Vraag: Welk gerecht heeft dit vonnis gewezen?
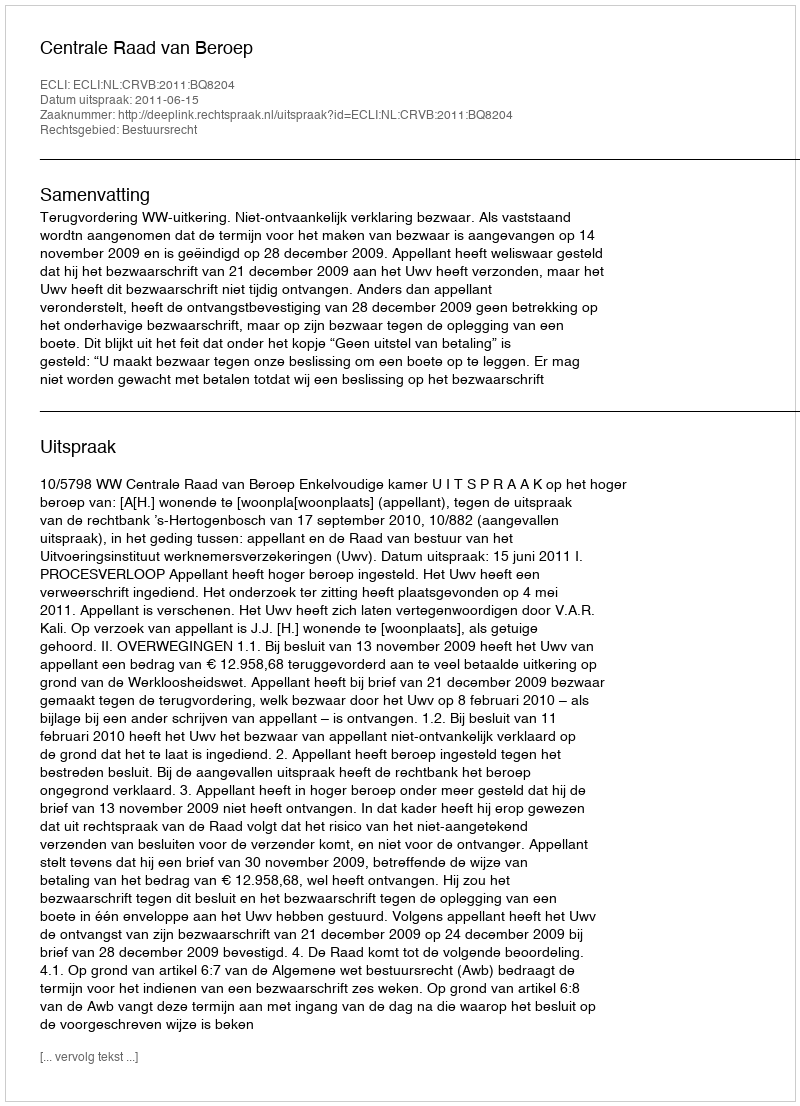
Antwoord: Centrale Raad van Beroep